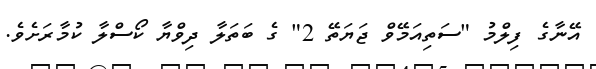
އޭނާގެ ފިލްމު "ސަތިއަމޭވް ޖަޔަތޭ 2" ގެ ބަތަލާ ދިވްޔާ ކޯސްލާ ކުމާރަށެވެ.